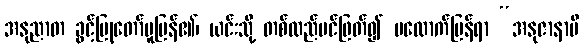
အနုညာတ ခွင့်ပြုတော်မူပြန်၏၊ ယင်းသို့ တစ်ထည်ပင်ဖြတ်၍ မလောက်ပြန်ရာ “အနုဇာနာမိ